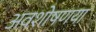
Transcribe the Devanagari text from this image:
अवशोषणया